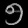
Digit: ၅